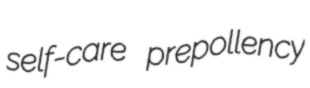
self-care prepollency